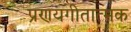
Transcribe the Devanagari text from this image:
प्रणयगीतात्मक